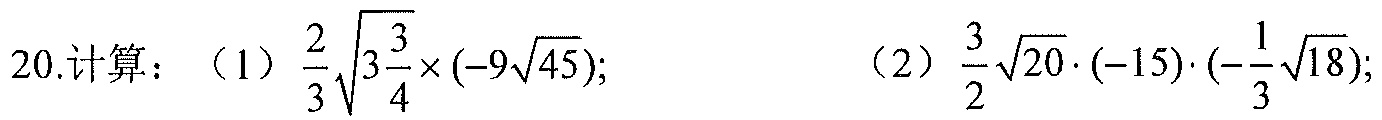
20.计算：（1）\(\frac{2}{3}\sqrt{3\frac{3}{4}}\times(-9\sqrt{45})\); （2）\(\frac{3}{2}\sqrt{20}\cdot(-15)\cdot(-\frac{1}{3}\sqrt{18})\);